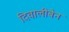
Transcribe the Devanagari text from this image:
दिवालीबेन